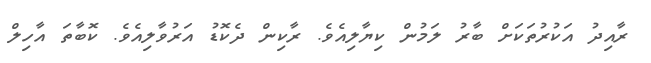
ރާއިދު އަކުރުތަކަށް ބާރު ލަމުން ކިޔާލިއެވެ. ރާކިން ދެކޮޑު އަރުވާލިއެވެ. ކޮބާތަ އާހިލް